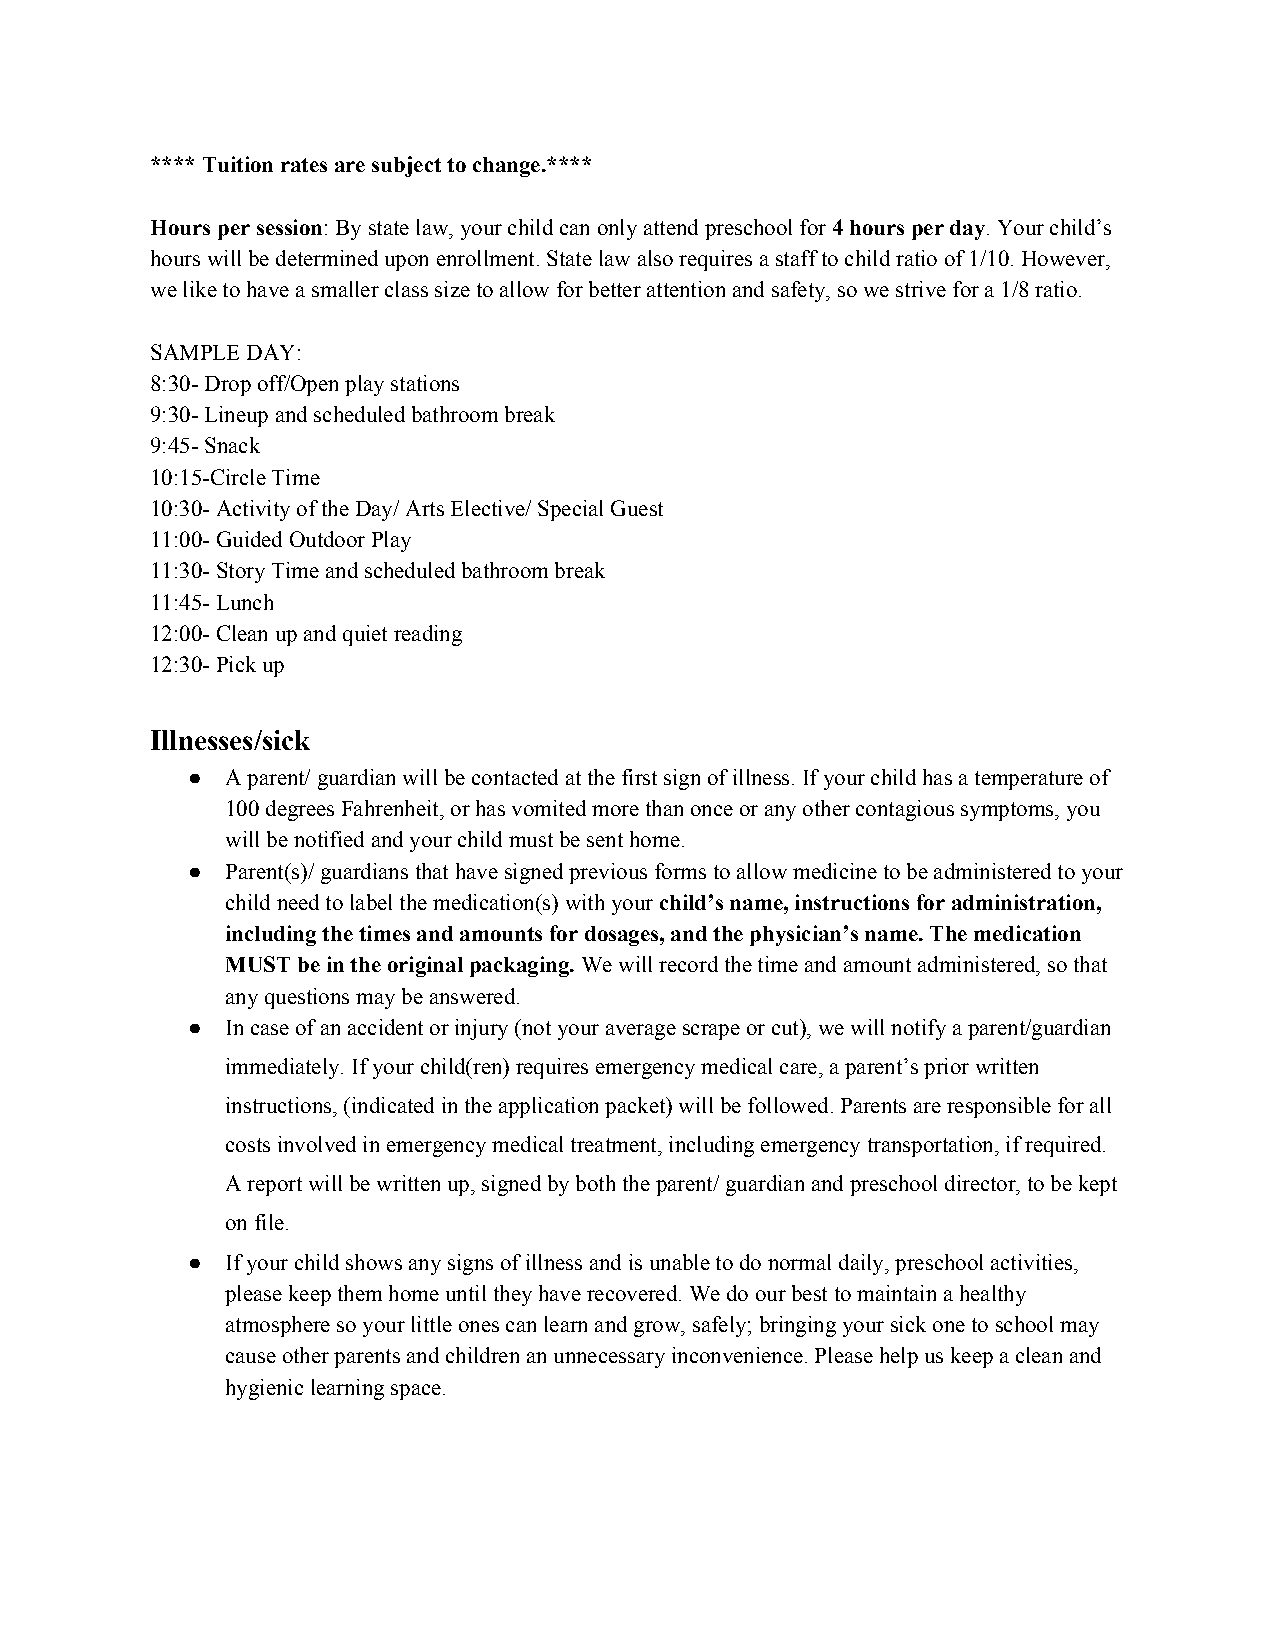
**** Tuition rates are subject to change.****
 Hours per session: By state law, your child can only attend preschool for 4 hours per day. Your child’s
 ​                                 ​         ​
 hours will be determined upon enrollment. State law also requires a staff to child ratio of 1/10. However,
 we like to have a smaller class size to allow for better attention and safety, so we strive for a 1/8 ratio.
 SAMPLE DAY:
 8:30- Drop off/Open play stations
 9:30- Lineup and scheduled bathroom break
 9:45- Snack
 10:15-Circle Time
 10:30- Activity of the Day/ Arts Elective/ Special Guest
 11:00- Guided Outdoor Play
 11:30- Story Time and scheduled bathroom break
 11:45- Lunch
 12:00- Clean up and quiet reading
 12:30- Pick up
 Illnesses/sick
 ●  A parent/ guardian will be contacted at the first sign of illness. If your child has a temperature of
 100 degrees Fahrenheit, or has vomited more than once or any other contagious symptoms, you
 will be notified and your child must be sent home.
 ●  Parent(s)/ guardians that have signed previous forms to allow medicine to be administered to your
 child need to label the medication(s) with your child’s name, instructions for administration,
 ​
 including the times and amounts for dosages, and the physician’s name. The medication
 MUST be in the original packaging. We will record the time and amount administered, so that
 ​
 any questions may be answered.
 ●  In case of an accident or injury (not your average scrape or cut), we will notify a parent/guardian
 immediately. If your child(ren) requires emergency medical care, a parent’s prior written
 instructions, (indicated in the application packet) will be followed. Parents are responsible for all
 ​
 costs involved in emergency medical treatment, including emergency transportation, if required.
 A report will be written up, signed by both the parent/ guardian and preschool director, to be kept
 on file.
 ●  If your child shows any signs of illness and is unable to do normal daily, preschool activities,
 please keep them home until they have recovered. We do our best to maintain a healthy
 atmosphere so your little ones can learn and grow, safely; bringing your sick one to school may
 cause other parents and children an unnecessary inconvenience. Please help us keep a clean and
 hygienic learning space.